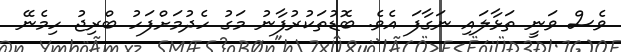
ވެސް ވަނީ ތަޅާލައި ނަގާފަ އެވެ. ބޮޑުތަކުރުފާނު މަގު ހެދުމަށްފަހު ބްރިޖު ހިމެނޭ